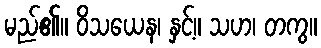
မည်၏။ ဝိသယေန၊ နှင့်။ သဟ၊ တကွ။